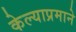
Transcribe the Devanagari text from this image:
केल्याप्रमाने